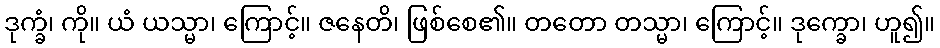
ဒုက္ခံ၊ ကို။ ယံ ယသ္မာ၊ ကြောင့်။ ဇနေတိ၊ ဖြစ်စေ၏။ တတော တသ္မာ၊ ကြောင့်။ ဒုက္ခော၊ ဟူ၍။